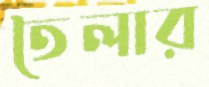
তৈলার